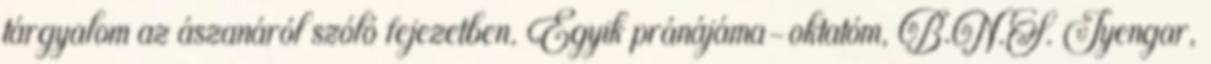
tárgyalom az ászanáról szóló fejezetben. Egyik pránájáma-oktatóm, B.N.S. Iyengar,